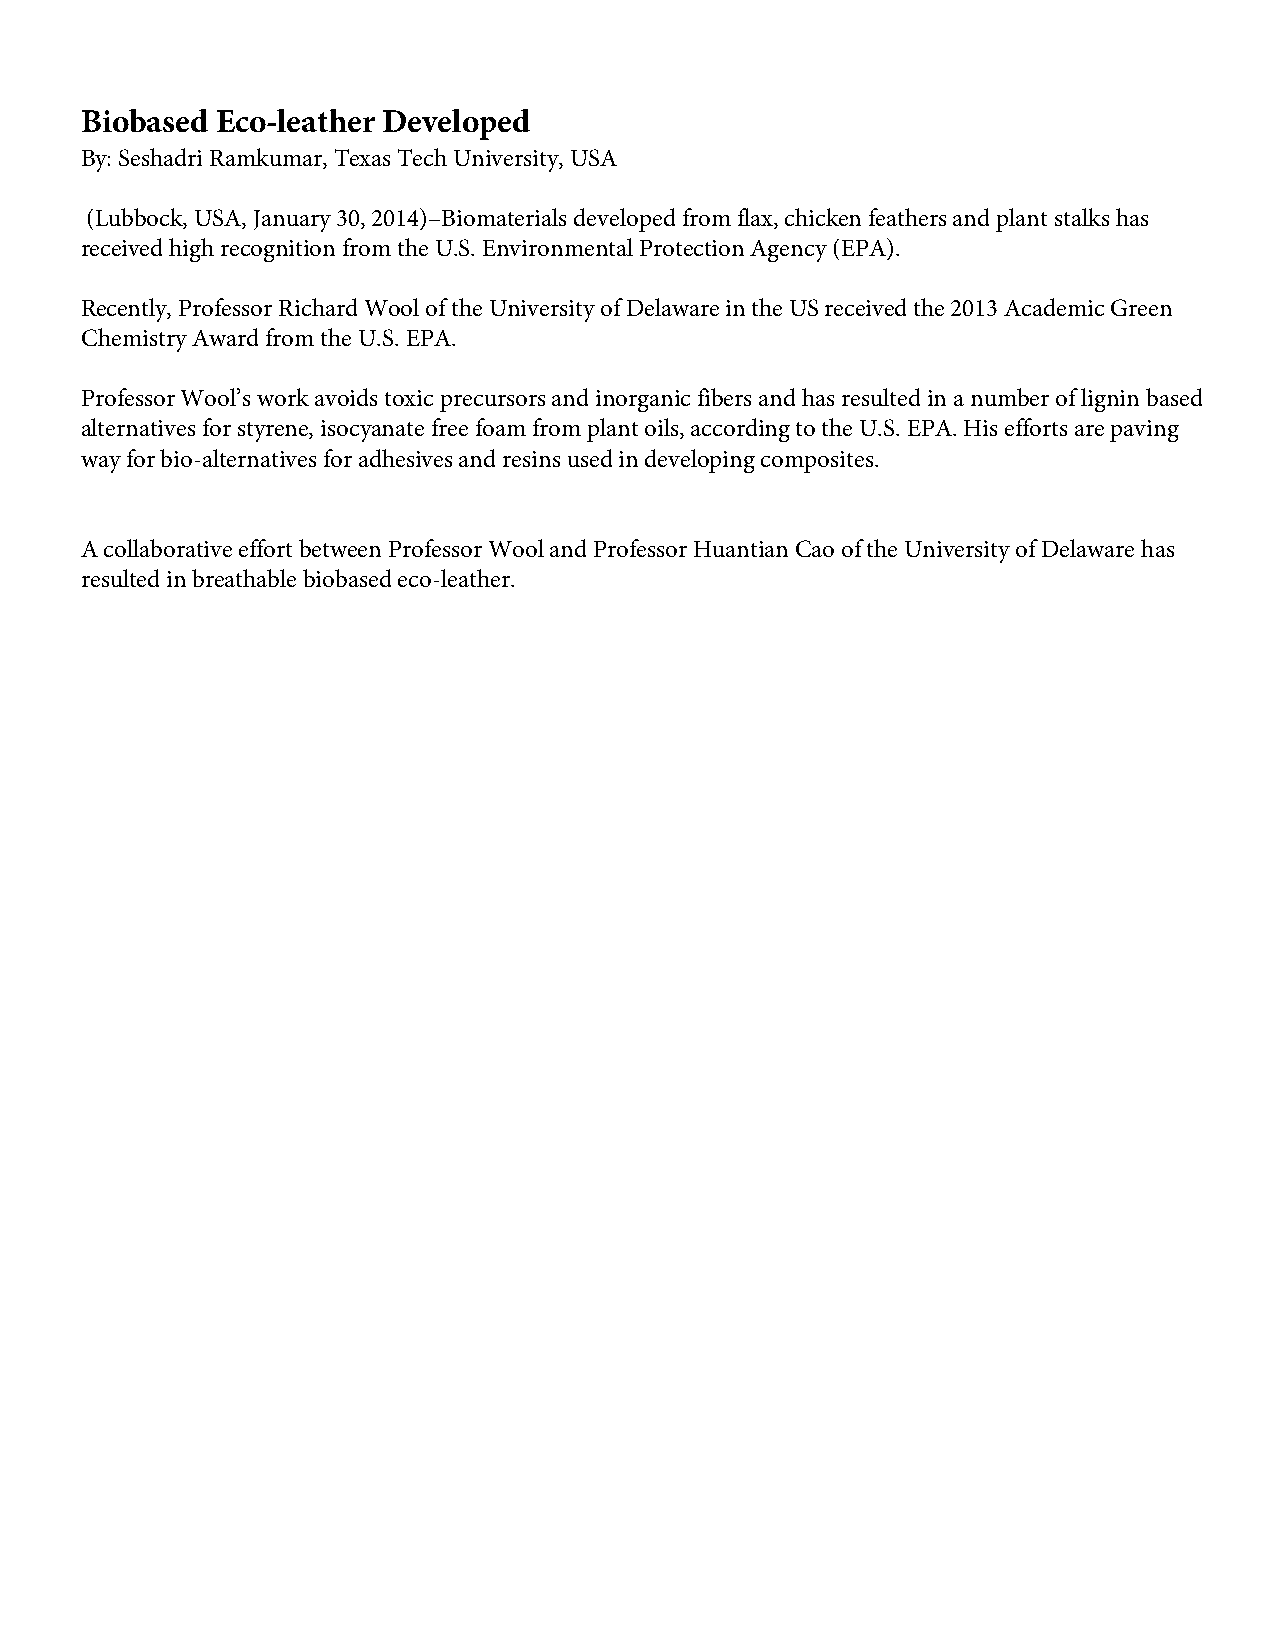
Biobased Eco-leather Developed
 By: Seshadri Ramkumar, Texas Tech University, USA
 (Lubbock, USA, January 30, 2014)–Biomaterials developed from flax, chicken feathers and plant stalks has
 received high recognition from the U.S. Environmental Protection Agency (EPA).
 Recently, Professor Richard Wool of the University of Delaware in the US received the 2013 Academic Green
 Chemistry Award from the U.S. EPA.
 Professor Wool’s work avoids toxic precursors and inorganic fibers and has resulted in a number of lignin based
 alternatives for styrene, isocyanate free foam from plant oils, according to the U.S. EPA. His efforts are paving
 way for bio-alternatives for adhesives and resins used in developing composites.
 A collaborative effort between Professor Wool and Professor Huantian Cao of the University of Delaware has
 resulted in breathable biobased eco-leather.